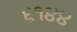
૬૧૪૪